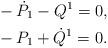
LaTeX: \begin{align*}&-\dot{P}_{1}-Q^{1}=0,\\&-P_{1}+\dot{Q}^{1}=0.\end{align*}